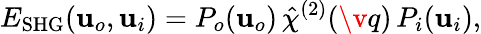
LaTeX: E_{\mathrm{SHG}}(\mathbf{u}_{o},\mathbf{u}_{i})=P_{o}(\mathbf{u}_{o})\, \hat{\chi}^{(2)}(\v q)\, P_{i}(\mathbf{u}_{i}),